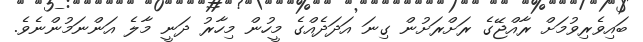
ބައިވެރިވުމަށް ރާއްޖޭގެ ރަށްރަށުން ގިނަ އަދަދެއްގެ މީހުން މިހާރު ދަނީ މާލެ އަންނަމުންނެވެ.